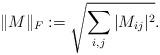
LaTeX: \begin{align*}\|M\|_F:= \sqrt{\sum_{i,j}|M_{ij}|^2}.\end{align*}